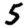
Digit: 5